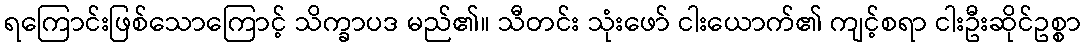
ရကြောင်းဖြစ်သောကြောင့် သိက္ခာပဒ မည်၏။ သီတင်း သုံးဖော် ငါးယောက်၏ ကျင့်စရာ ငါးဦးဆိုင်ဥစ္စာ